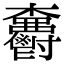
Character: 𣡫